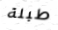
طبلة